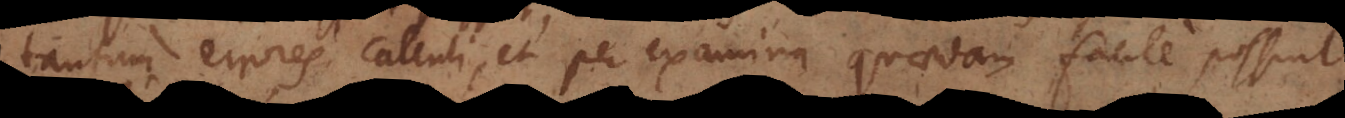
tantum errores calculi, et per examina quaedam facile possint